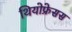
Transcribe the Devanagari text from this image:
थियोफ्रेसस